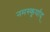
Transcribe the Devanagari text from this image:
नमस्कुर्याद्